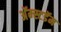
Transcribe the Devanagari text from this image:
अॅम्स्टडॅम